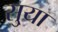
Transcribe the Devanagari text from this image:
सु्या